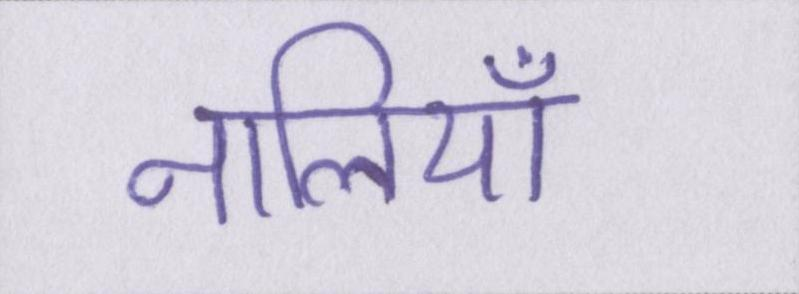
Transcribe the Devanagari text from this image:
नालियाँ